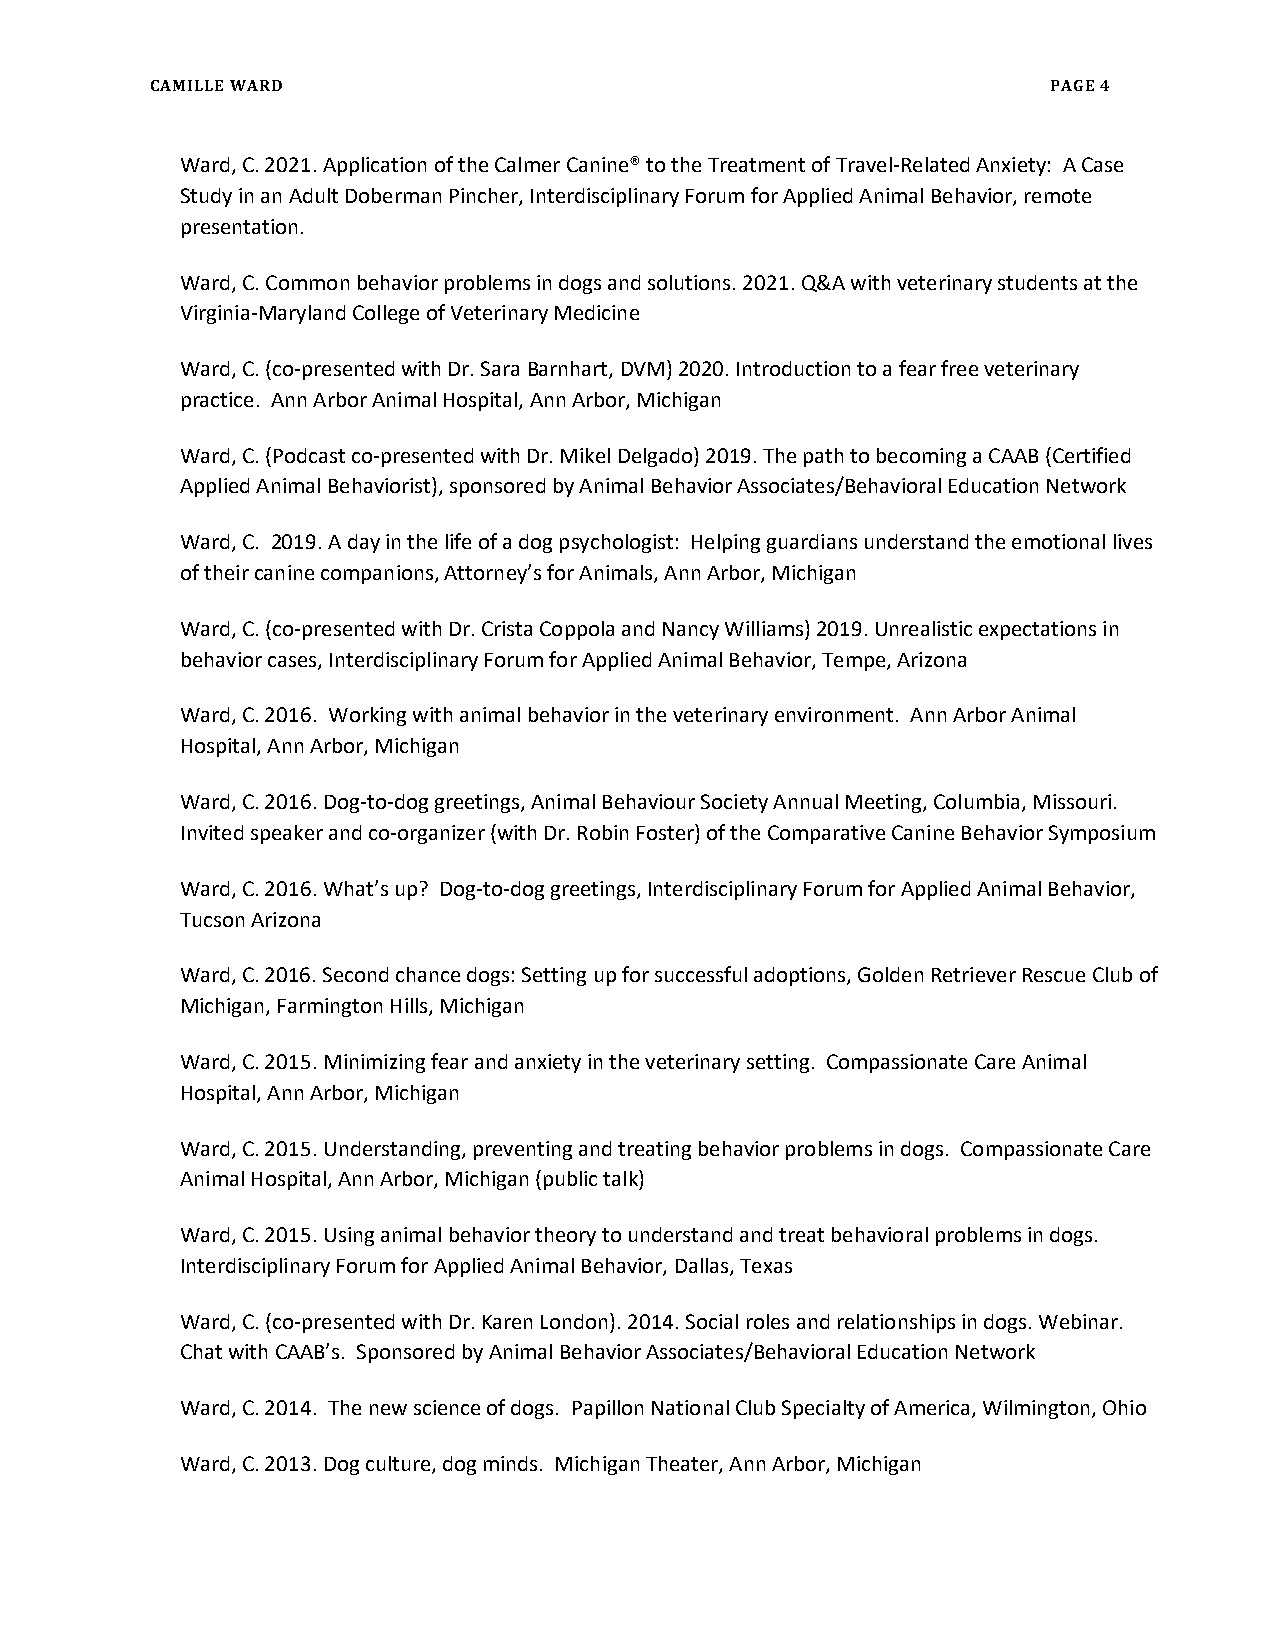
CAMILLE WARD                                                PAGE 4
 Ward, C. 2021. Application of the Calmer Canine® to the Treatment of Travel-Related Anxiety: A Case
 Study in an Adult Doberman Pincher, Interdisciplinary Forum for Applied Animal Behavior, remote
 presentation.
 Ward, C. Common behavior problems in dogs and solutions. 2021. Q&A with veterinary students at the
 Virginia-Maryland College of Veterinary Medicine
 Ward, C. (co-presented with Dr. Sara Barnhart, DVM) 2020. Introduction to a fear free veterinary
 practice. Ann Arbor Animal Hospital, Ann Arbor, Michigan
 Ward, C. (Podcast co-presented with Dr. Mikel Delgado) 2019. The path to becoming a CAAB (Certified
 Applied Animal Behaviorist), sponsored by Animal Behavior Associates/Behavioral Education Network
 Ward, C. 2019. A day in the life of a dog psychologist: Helping guardians understand the emotional lives
 of their canine companions, Attorney’s for Animals, Ann Arbor, Michigan
 Ward, C. (co-presented with Dr. Crista Coppola and Nancy Williams) 2019. Unrealistic expectations in
 behavior cases, Interdisciplinary Forum for Applied Animal Behavior, Tempe, Arizona
 Ward, C. 2016. Working with animal behavior in the veterinary environment. Ann Arbor Animal
 Hospital, Ann Arbor, Michigan
 Ward, C. 2016. Dog-to-dog greetings, Animal Behaviour Society Annual Meeting, Columbia, Missouri.
 Invited speaker and co-organizer (with Dr. Robin Foster) of the Comparative Canine Behavior Symposium
 Ward, C. 2016. What’s up? Dog-to-dog greetings, Interdisciplinary Forum for Applied Animal Behavior,
 Tucson Arizona
 Ward, C. 2016. Second chance dogs: Setting up for successful adoptions, Golden Retriever Rescue Club of
 Michigan, Farmington Hills, Michigan
 Ward, C. 2015. Minimizing fear and anxiety in the veterinary setting. Compassionate Care Animal
 Hospital, Ann Arbor, Michigan
 Ward, C. 2015. Understanding, preventing and treating behavior problems in dogs. Compassionate Care
 Animal Hospital, Ann Arbor, Michigan (public talk)
 Ward, C. 2015. Using animal behavior theory to understand and treat behavioral problems in dogs.
 Interdisciplinary Forum for Applied Animal Behavior, Dallas, Texas
 Ward, C. (co-presented with Dr. Karen London). 2014. Social roles and relationships in dogs. Webinar.
 Chat with CAAB’s. Sponsored by Animal Behavior Associates/Behavioral Education Network
 Ward, C. 2014. The new science of dogs. Papillon National Club Specialty of America, Wilmington, Ohio
 Ward, C. 2013. Dog culture, dog minds. Michigan Theater, Ann Arbor, Michigan